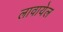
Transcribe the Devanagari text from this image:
लावायेल